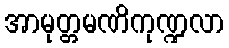
အာမုတ္တမဏိကုဏ္ဍလာ